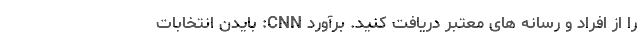
را از افراد و رسانه های معتبر دریافت کنید. برآورد CNN: بایدن انتخابات